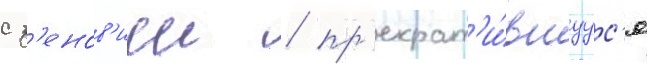
с з'енов'иеи / пр'екрат'и́вшуус'я